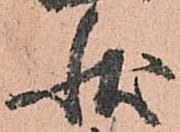
状